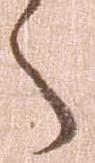
々